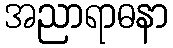
အညာရာဓနာ